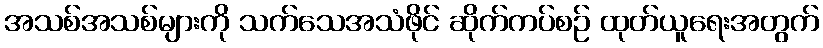
အသစ်အသစ်များကို သက်သေအသံဖိုင် ဆိုက်ကပ်စဉ် ထုတ်ယူရေးအတွက်